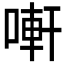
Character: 𠻃